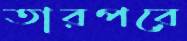
তারপরে